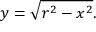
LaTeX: y = { \sqrt { r ^ { 2 } - x ^ { 2 } } } .